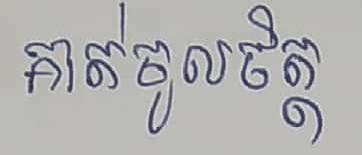
គាត់ចូលចិត្ត